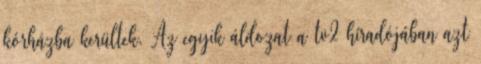
kórházba kerültek. Az egyik áldozat a tv2 híradójában azt